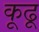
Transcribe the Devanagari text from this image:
कूढू